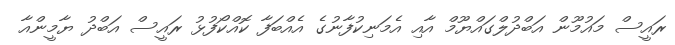
ރައީސް މައުމޫން އަބްދުލްގައްޔޫމް އާއި އެމަނިކުފާނުގެ އެއްބަފާ ކޮއްކޯފުޅު ރައީސް އަބްދު ޔާމީންއާ